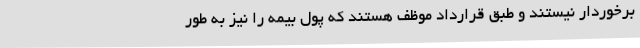
برخوردار نیستند و طبق قرارداد موظف هستند که پول بیمه را نیز به طور